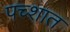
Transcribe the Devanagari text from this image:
पच्शात